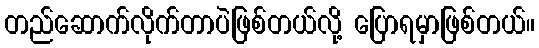
တည်ဆောက်လိုက်တာပဲဖြစ်တယ်လို့ ပြောရမှာဖြစ်တယ်။